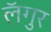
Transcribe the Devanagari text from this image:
लॅगुर